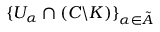
\{ U _ { \alpha } \cap ( C \backslash K ) \} _ { \alpha \in \tilde { A } }